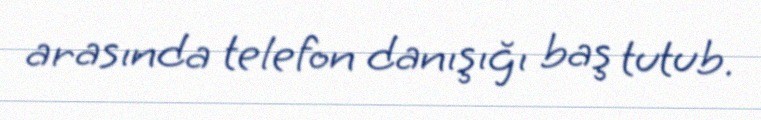
arasında telefon danışığı baş tutub.